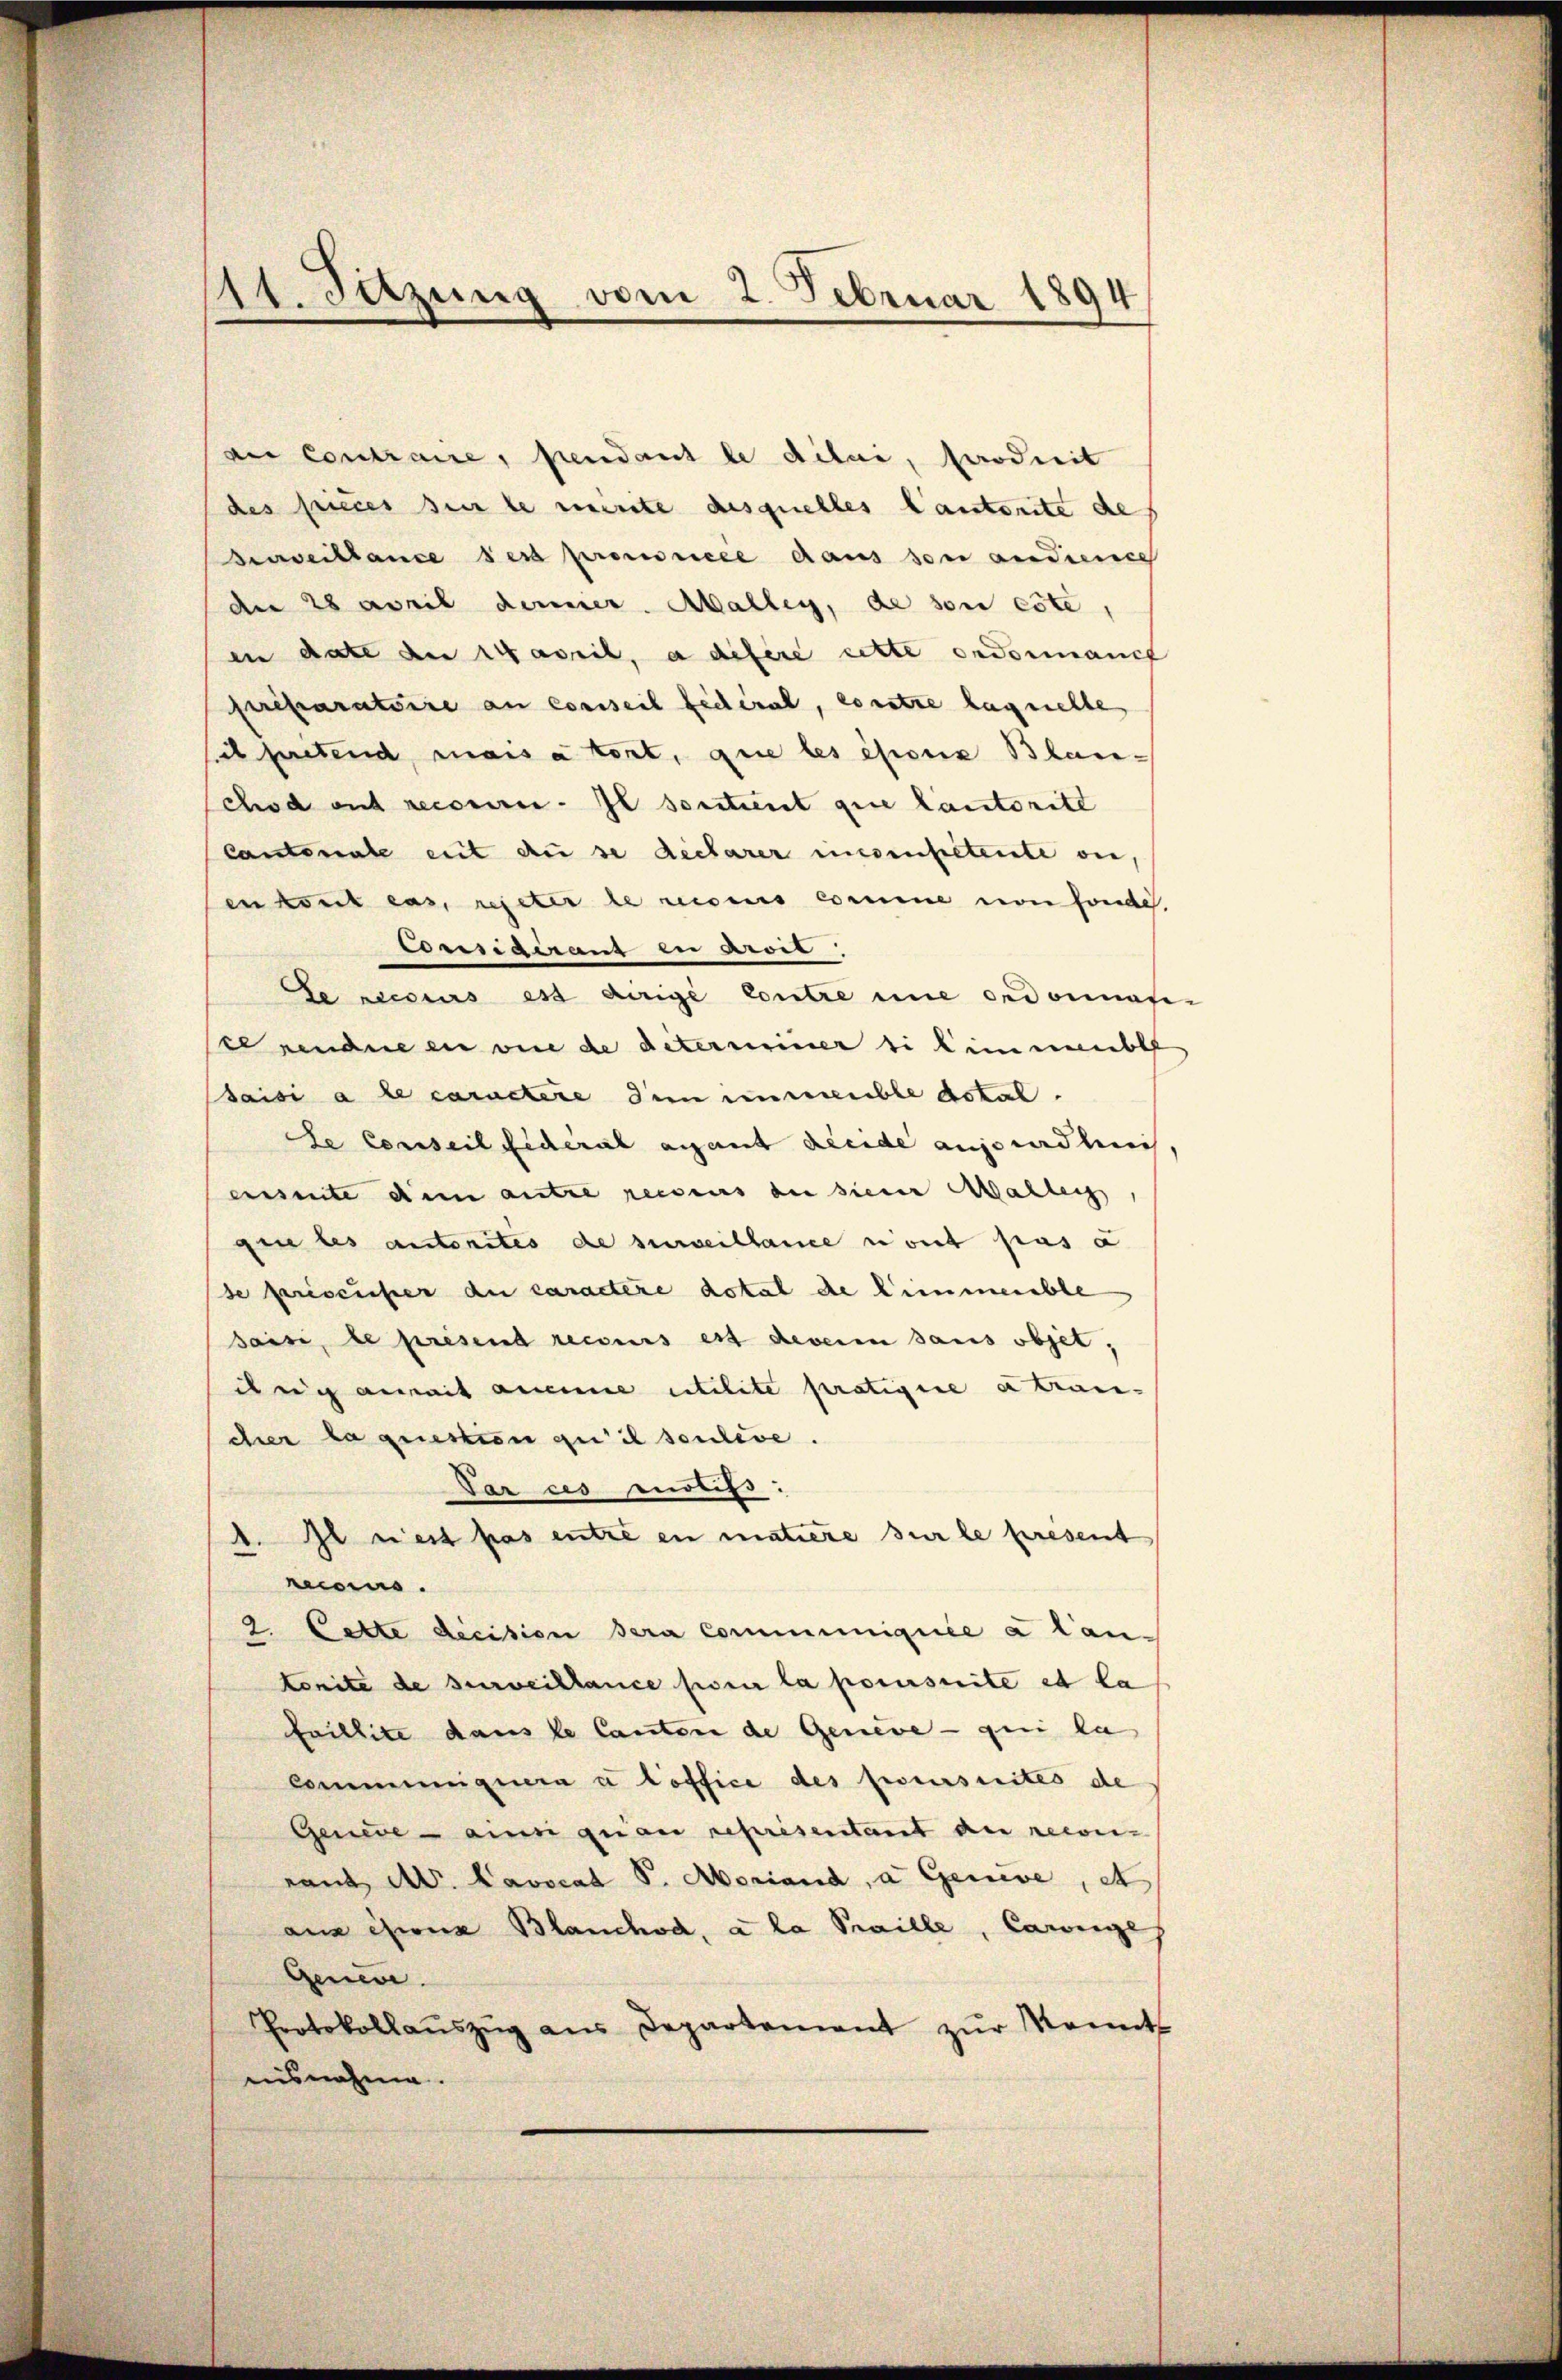
an Contraire, pendant le dilai, Produit
des piecessierte immerte desquelles lautorite de
derweistance ses premncée dans son andience
der 2 april demier. Aballeg, de son erte,
en date der Caveil, a difere cette ordormanif
pereparatoire an conseil fecera, contre laquelle
sit betend, mais à tont, que les époux Blanchod auf recoure. Il sontient que lautorite
Cantonale et du se declarer unsenstetente an
enkomit aus, repeter le riseurs comme von fonde
Cosssigeranz zu Aroit
Se neccius es aurige Contre une ordonnafe-
see rendue en vie de determiner si immenbel
saisi a le caractere den immeuble Actal-
te Conseil fidéral ayant decide ausradlinis
einseite dem antre recseurs de siener Mallei
gen les autorites de surveillance n’ont pas a
se priseuser der caractere dotal die himmenble
saisi, le presend recours est deverin sans objet,
dig aneit aneine utilite pratigire a trancher la question qu’il soulise.
Par ces motifs:
1. Il rest pas entre en matiere sur le present
moins.
2. Cette dicision sera communiquée a lantonité de surveillance sur la poursuite et la
faillite dans le Cantone de Geneve — qui la
Communiquera à loffice des poursuites de
Genere ain quan reprisentant an recon
raut A. Lavocat S. Moriand, a Geneve, et
ans chine Blanchod, à la Praille, Caringe
Genie.
Protokollaŭszŭg ans Departement zŭr Monnt
nisnahme.

11. Setzung vom 2. Februar 1894